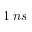
1 \; n s